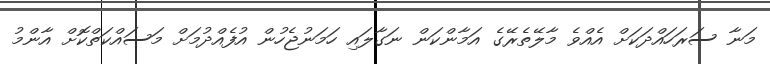
މަނާ ސަރަހައްދަކަށް އެއްވެ މާލޭތެރޭގެ އަމާންކަން ނަގާލައި ހަމަނުޖެހުން އުފެއްދުމަށް މަސައްކަތްކޮށް އާންމު